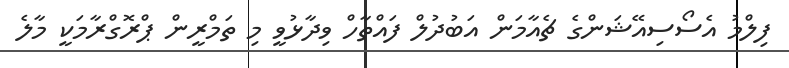
ފިލްމު އެސޯސިއޭޝަންގެ ޗެއާމަން އަބުދުލް ފައްތާހް ވިދާޅުވީ މި ތަމްރީން ޕްރޮގްރާމަކީ މާލެ